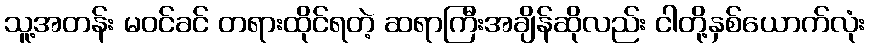
သူ့အတန်း မဝင်ခင် တရားထိုင်ရတဲ့ ဆရာကြီးအချိန်ဆိုလည်း ငါတို့နှစ်ယောက်လုံး